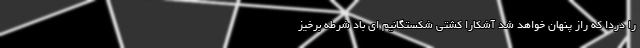
را دردا که راز پنهان خواهد شد آشکارا کشتی شکستگانیم ای باد شرطه برخیز